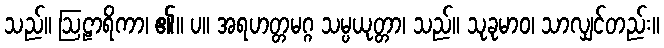
သည်။ ဩဠာရိကာ၊ ၏။ ပ။ အရဟတ္တမဂ္ဂ သမ္ပယုတ္တာ၊ သည်။ သုခုမာဝ၊ သာလျှင်တည်း။